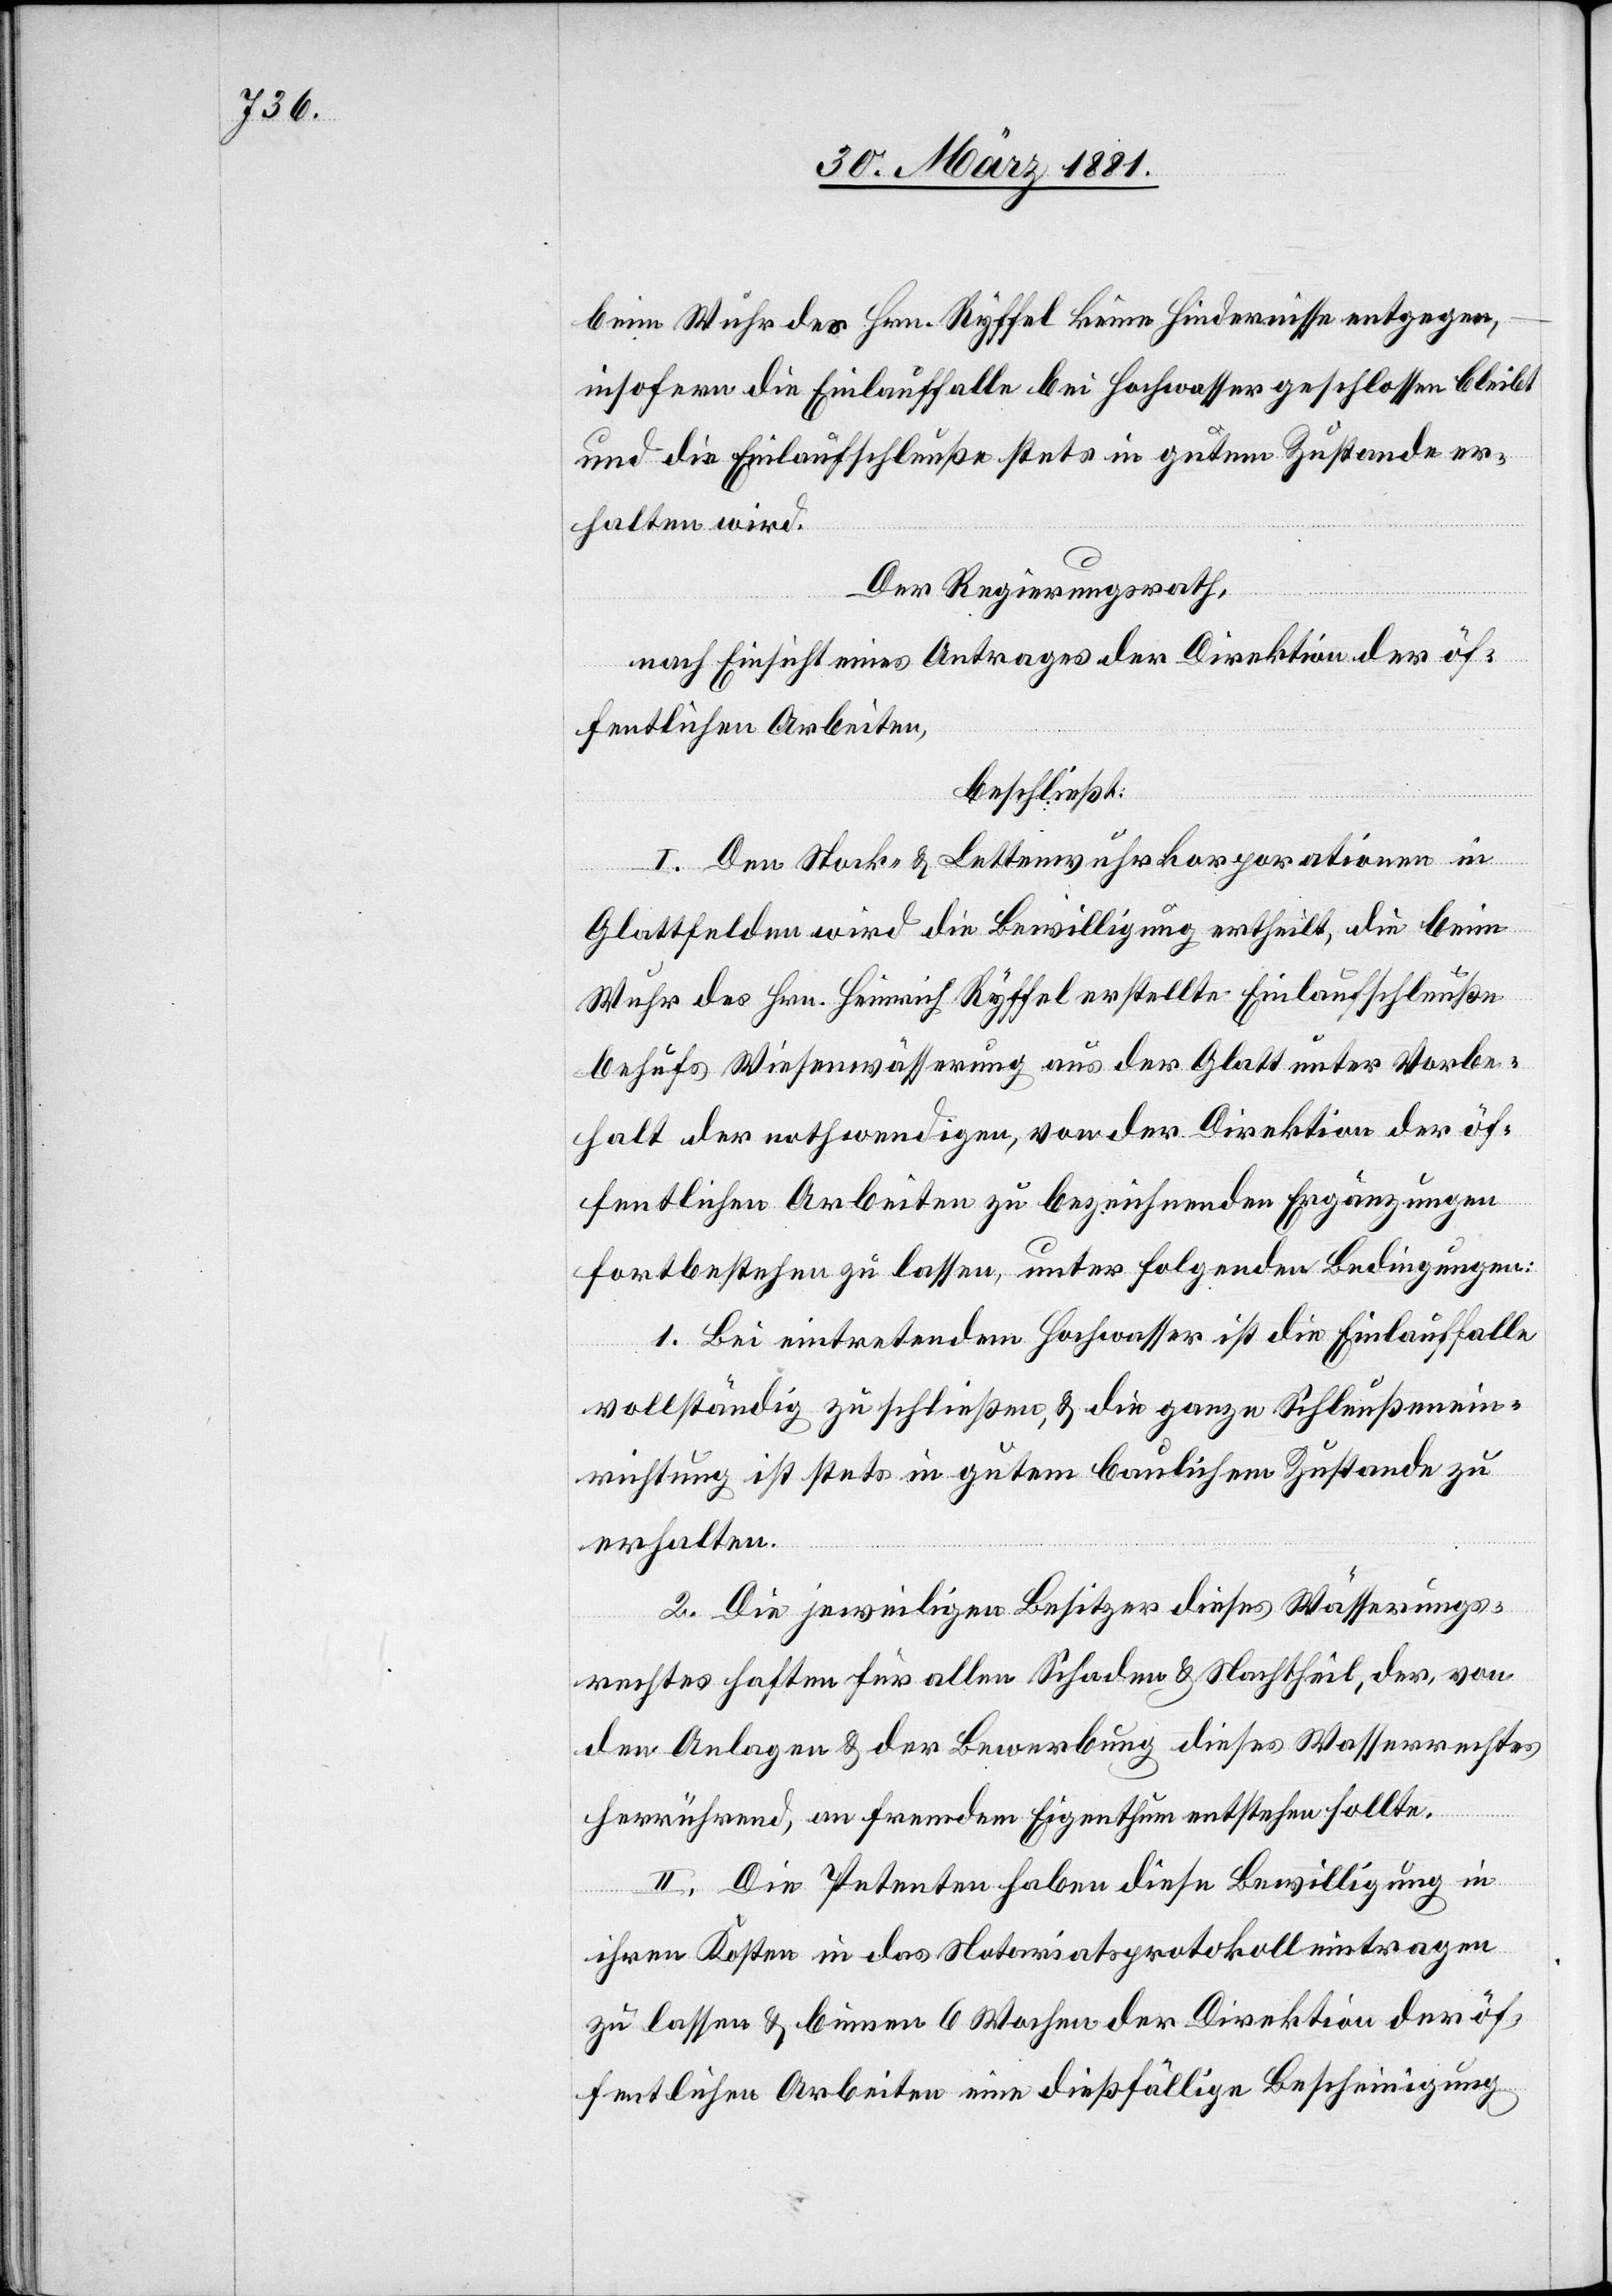
beim Wuhr des Hrn. Ryffel keine Hindernisse entgegen,
insofern die Einlauffalle bei Hochwasser geschlossen bleibt
und die Einlaufschleuße stets in gutem Zustande er¬
halten wird.
Der Regierungsrath,
nach Einsicht eines Antrages der Direktion der öf¬
fentlichen Arbeiten,
beschließt:
I. Den Stock- & Wuhrkorporationen in
Glattfelden wird die Bewilligung ertheilt, die beim
Wuhr des Hrn. Heinrich Ryffel erstellte Einlaufschleuße
behufs Wiesenwässerung aus der Glatt unter Vorbe¬
halt der nothwendigen, von der Direktion der öf¬
fentlichen Arbeiten zu bezeichnenden Ergänzungen
fortbestehen zu lassen, unter folgenden Bedingungen:
1. Bei eintretendem Hochwasser ist die Einlauffalle
vollständig zu schließen, & die ganze Schleußenein¬
richtung ist stets in gutem baulichem Zustande zu
erhalten.
2. Die jeweiligen Besitzer dieses Wässerungs¬
rechtes haften für allen Schaden & Nachtheil, der, von
den Anlagen & der Bewerbung dieses Wasserrechtes
herrührend, an fremdem Eigenthum entstehen sollte.
II. Die Petenten haben diese Bewilligung in
ihren Kosten in das Notariatsprotokoll eintragen
zu lassen & binnen 6 Wochen der Direktion der öf¬
fentlichen Arbeiten eine dießfällige Bescheinigung